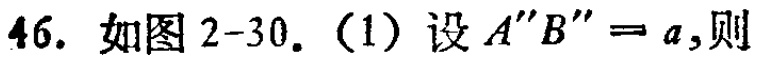
46. 如图2-30. (1) 设 \(A''B'' = a\),则